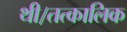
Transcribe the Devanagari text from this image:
थी।तत्कालिक